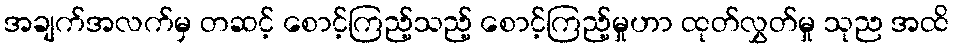
အချက်အလက်မှ တဆင့် စောင့်ကြည့်သည့် စောင့်ကြည့်မှုဟာ ထုတ်လွှတ်မှု သုည အထိ